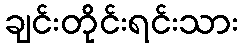
ချင်းတိုင်းရင်းသား